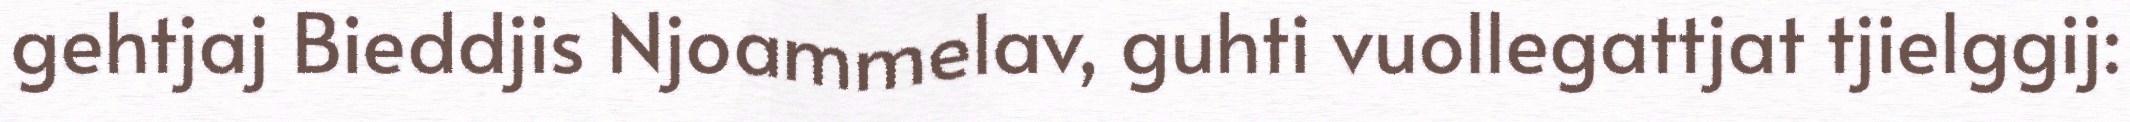
gehtjaj Bieddjis Njoammelav, guhti vuollegattjat tjielggij: